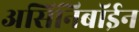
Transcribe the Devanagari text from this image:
असिनिबॉईन